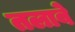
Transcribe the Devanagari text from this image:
तलाबे